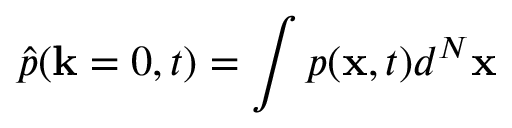
\hat { p } ( \mathbf { k } = 0 , t ) = \int p ( \mathbf { x } , t ) d ^ { N } \mathbf { x }